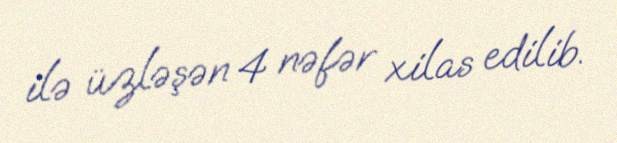
ilə üzləşən 4 nəfər xilas edilib.